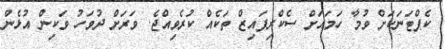
ކެޕްޓަނަކަށް ވުމާ ހަމައަށް ސެކްރިފައިޒް ތަކެއް ކުރެވިއްޖެ. ވަރަށް ދުވަހު ވަކިން އުޅެން